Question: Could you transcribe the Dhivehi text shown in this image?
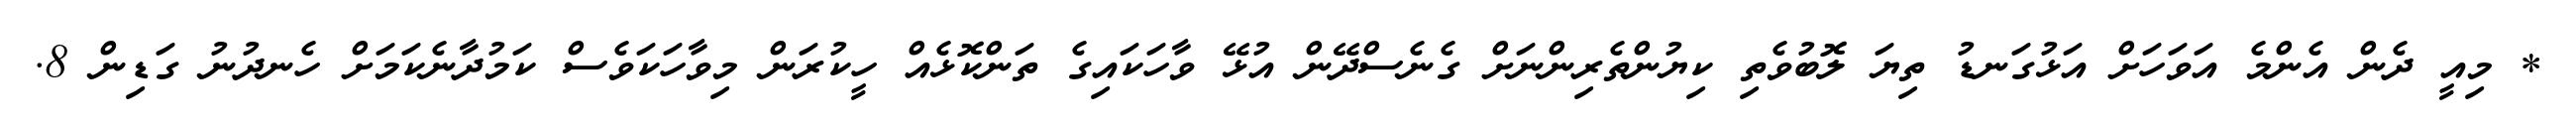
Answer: * މިއީ ދެން އެންމެ އަވަހަށް އަޅުގަނޑު ތިޔަ ލޮބުވެތި ކިޔުންތެރިންނަށް ގެނެސްދޭން އުޅޭ ވާހަކައިގެ ތަންކޮޅެއް ހީކުރަން މިވާހަކަވެސް ކަމުދާނެކަމަށް ހެނދުނު ގަޑިން 8.